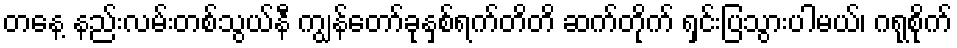
တနေ့ နည်းလမ်းတစ်သွယ်နီ ကျွန်တော်ခုနှစ်ရက်တိတိ ဆက်တိုက် ရှင်းပြသွားပါမယ်၊ ဂရုစိုက်